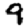
Digit: 9